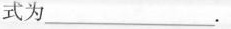
式为___.